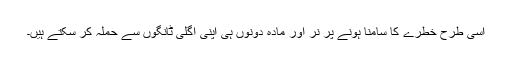
اسی طرح خطرے کا سامنا ہونے پر نر اور مادہ دونوں ہی اپنی اگلی ٹانگوں سے حملہ کر سکتے ہیں۔